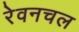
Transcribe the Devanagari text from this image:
रेवनचल